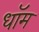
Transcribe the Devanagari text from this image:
धॉम